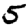
Digit: 5